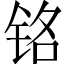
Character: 铭